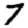
Digit: 7